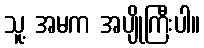
သူ့ အမက အပျိုကြီးပါ။